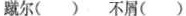
蹴尔( ) 不屑( )